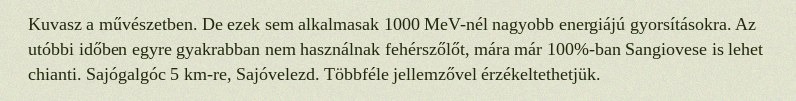
Kuvasz a művészetben. De ezek sem alkalmasak 1000 MeV-nél nagyobb energiájú gyorsításokra. Az utóbbi időben egyre gyakrabban nem használnak fehérszőlőt, mára már 100%-ban Sangiovese is lehet chianti. Sajógalgóc 5 km-re, Sajóvelezd. Többféle jellemzővel érzékeltethetjük.